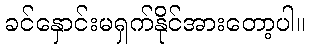
ခင်နှောင်းမရှက်နိုင်အားတော့ပါ။